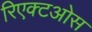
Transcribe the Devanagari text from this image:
रिएक्टओस